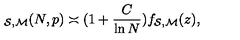
\protectu _ { { \cal { S } } , { \cal { M } } } ( N , p ) \asymp ( 1 + { \frac { C } { \ln N } } ) f _ { { \cal { S } } , { \cal { M } } } ( z ) ,